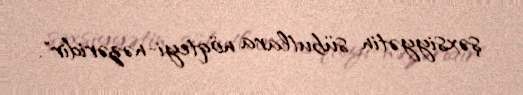
şəxsiyyətin sübutlara nöqteyi-nəzəridir".